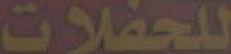
للحفلات